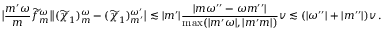
\big | { \frac { { m ^ { \prime } } \omega } { m } } \widetilde { f } _ { m } ^ { \omega } \big | \big | ( \widetilde { \chi } _ { 1 } ) _ { m } ^ { \omega } - ( \widetilde { \chi } _ { 1 } ) _ { m ^ { \prime } } ^ { \omega ^ { \prime } } \big | \lesssim | m ^ { \prime } | \frac { | m \omega ^ { \prime \prime } - \omega m ^ { \prime \prime } | } { \operatorname* { m a x } ( | m ^ { \prime } \omega | , | m ^ { \prime } m | ) } v \lesssim ( | \omega ^ { \prime \prime } | + | { m ^ { \prime \prime } } | ) v \, .